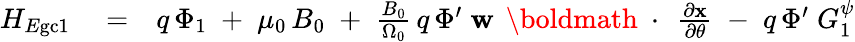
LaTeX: \begin{array}{rlr}{H_{E\mathrm{gc}1}}&{{}=}&{q\, \Phi_{1}\; +\; \mu_{0}\, B_{0}\; +\; \frac{B_{0}}{\Omega_{0}}\, q\, \Phi^{\prime}\; {\mathbf w}\, \mathrm{~\boldmath~\cdot~}\, \frac{\partial\mathbf x}{\partial\theta}\; -\; q\, \Phi^{\prime}\; G_{1}^{\psi}}\end{array}